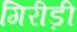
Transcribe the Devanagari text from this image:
गिरीड़ी